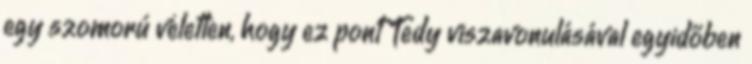
egy szomorú véletlen, hogy ez pont Tedy viszavonulásával egyidőben